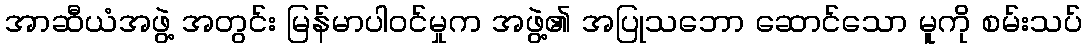
အာဆီယံအဖွဲ့ အတွင်း မြန်မာပါဝင်မှုက အဖွဲ့၏ အပြုသဘော ဆောင်သော မူကို စမ်းသပ်